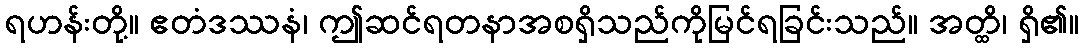
ရဟန်းတို့။ ဧတံဒဿနံ၊ ဤဆင်ရတနာအစရှိသည်ကိုမြင်ရခြင်းသည်။ အတ္ထိ၊ ရှိ၏။